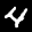
Label: 4